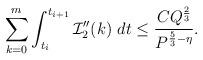
LaTeX: \begin{align*} \sum_{k=0}^m\int_{t_i}^{t_{i+1}} {\mathcal{I}}_2''(k)\ dt\leq \frac{CQ^{\frac23}}{ P^{\frac53-\eta}}. \end{align*}